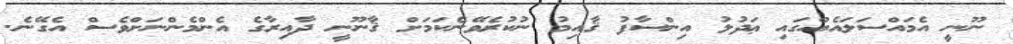
ނޫނީ އެމައްސަލައެއްގައި ޢަދުލު އިންސާފު ޤާއިމު ނުކުރެވޭނެކަމަށް ޤާނޫނީ ދާއިރާގެ އެންމެންނަށްވެސް އެގޭނެ.